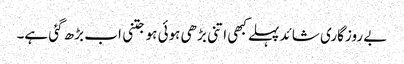
بے روزگاری شائد پہلے کبھی اتنی بڑھی ہوئی ہو جتنی اب بڑھ گئی ہے۔